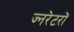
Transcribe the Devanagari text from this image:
ज्नरेटरों